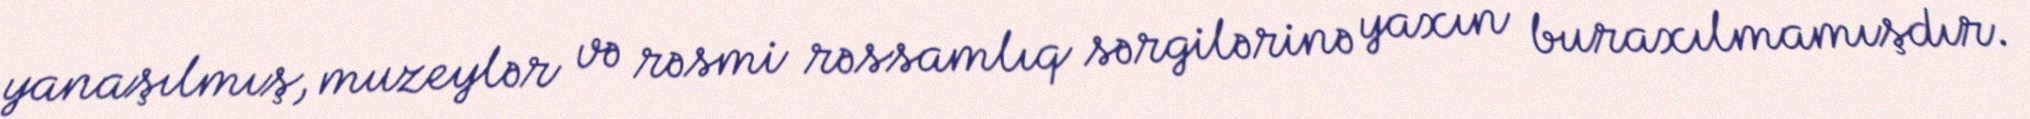
yanaşılmış, muzeylər və rəsmi rəssamlıq sərgilərinə yaxın buraxılmamışdır.